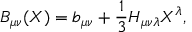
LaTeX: B _ { \mu \nu } ( X ) = b _ { \mu \nu } + \frac { 1 } { 3 } H _ { \mu \nu \lambda } X ^ { \lambda } ,